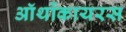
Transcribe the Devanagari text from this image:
ऑर्थोकायरस